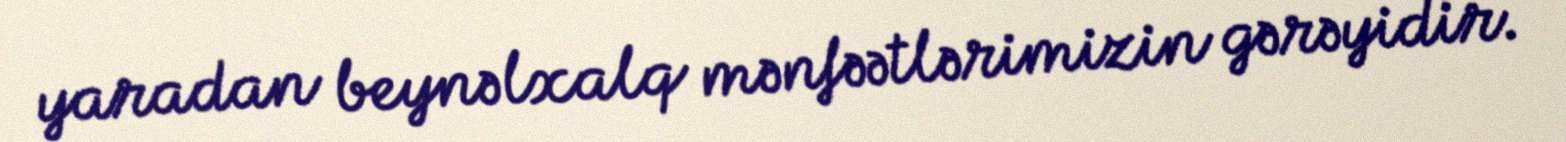
yaradan beynəlxalq mənfəətlərimizin gərəyidir.